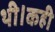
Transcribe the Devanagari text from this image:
थी।कही